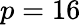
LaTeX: p=16